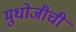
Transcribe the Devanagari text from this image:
मुधोजीची